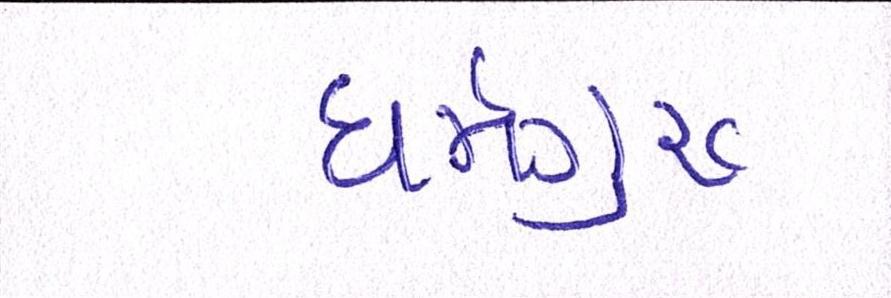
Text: ધર્મગુરૂ